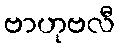
ဗာဟုဗလီ